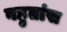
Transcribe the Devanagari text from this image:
बहुतांस